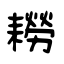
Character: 耮